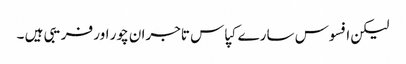
لیکن افسوس سارے کپاس تاجران چور اور فریبی ہیں ۔